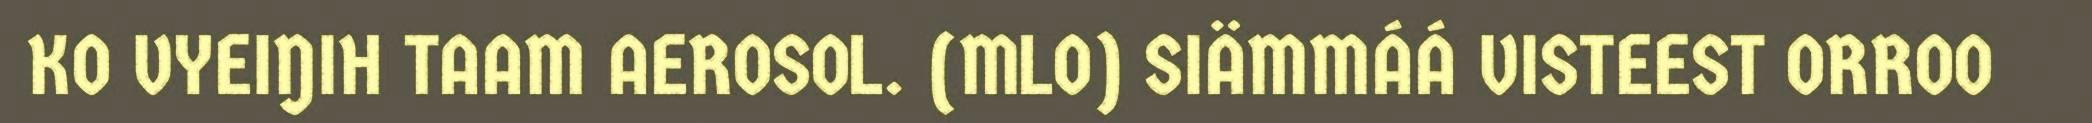
KO VYEIŊIH TAAM AEROSOL. (MLO) SIÄMMÁÁ VISTEEST ORROO